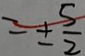
= \pm \frac { 5 } { 2 }